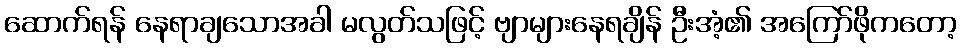
ဆောက်ရန် နေရာချသောအခါ မလွတ်သဖြင့် ဗျာများနေရချိန် ဦးအံ့၏ အကြော်ဖိုကတော့